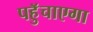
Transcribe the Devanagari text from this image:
पहुॅचाएगा